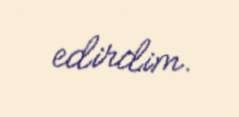
edirdim.